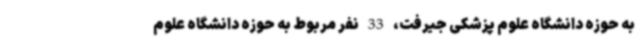
به حوزه دانشگاه علوم پزشکی جیرفت، 33 نفر مربوط به حوزه دانشگاه علوم